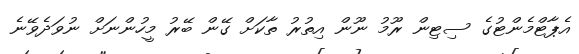
އެޕާޓްމެންޓުގެ ސިޓިން ރޫމު ނޫން އިތުރު ތާކަށް ގޭން ބޭރު މީހުންނަށް ނުވަދެވޭނެ